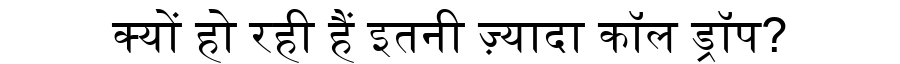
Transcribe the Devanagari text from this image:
क्यों हो रही हैं इतनी ज़्यादा कॉल ड्रॉप?